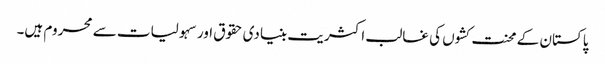
پاکستان کے محنت کشوں کی غالب اکثریت بنیادی حقوق اور سہولیات سے محروم ہیں۔